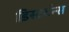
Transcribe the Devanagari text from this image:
डिस्टर्बन्स